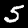
Label: 5